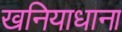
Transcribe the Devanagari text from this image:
खनियाधाना